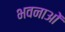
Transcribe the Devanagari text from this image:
भवनाओं